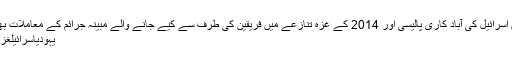
تحقیقات میں اسرائیل کی آباد کاری پالیسی اور 2014 کے غزہ تنازعے میں فریقین کی طرف سے کیے جانے والے مبینہ جرائم کے معاملات بھی شامل ہیں
یہودیاسرائیلغزہریاضعدالت